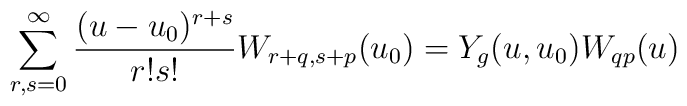
\sum_{r,s=0}^\infty {(u-u_0)^{r+s} \over r!s!}W_{r+q,s+p}(u_0) = Y_g(u,u_0)W_{qp}(u)